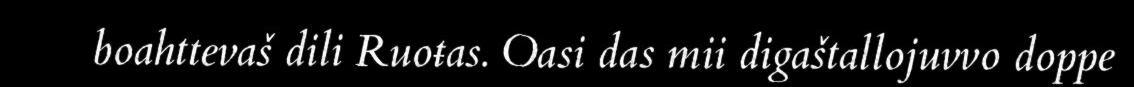
boahttevaš dili Ruoŧas. Oasi das mii digaštallojuvvo doppe